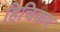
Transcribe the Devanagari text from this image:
हिचिकर